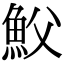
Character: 𩵹